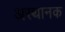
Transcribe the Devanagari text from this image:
अस्थानक